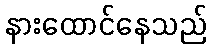
နားထောင်နေသည်